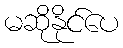
မဆိုနိုင်ပေ